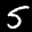
Label: 5